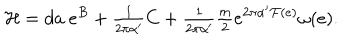
{ \cal H } = d a \ e ^ { B } + { \textstyle \frac { 1 } { 2 \pi \alpha ^ { \prime } } } C + { \textstyle \frac { 1 } { 2 \pi \alpha ^ { \prime } } } { \textstyle \frac { m } { 2 } } e ^ { 2 \pi \alpha ^ { \prime } { \cal F } ( e ) } \omega ( e ) .